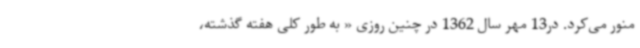
منور می‌کرد. در13 مهر سال 1362 در چنین روزی « به طور کلی هفته گذشته،